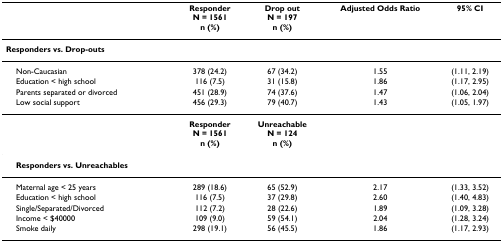
<table><thead><tr><td></td><td><b>ResponderN = 1561n (%)</b></td><td><b>Drop outN = 197n (%)</b></td><td><b>Adjusted Odds Ratio</b></td><td><b>95% CI</b></td></tr></thead><tbody><tr><td><b>Responders vs. Drop-outs</b></td><td></td><td></td><td></td><td></td></tr><tr><td> Non-Caucasian</td><td>378 (24.2)</td><td>67 (34.2)</td><td>1.55</td><td>(1.11, 2.19)</td></tr><tr><td> Education &lt; high school</td><td>116 (7.5)</td><td>31 (15.8)</td><td>1.86</td><td>(1.17, 2.95)</td></tr><tr><td> Parents separated or divorced</td><td>451 (28.9)</td><td>74 (37.6)</td><td>1.47</td><td>(1.06, 2.04)</td></tr><tr><td> Low social support</td><td>456 (29.3)</td><td>79 (40.7)</td><td>1.43</td><td>(1.05, 1.97)</td></tr><tr><td></td><td><b>Responder</b><b>N = 1561</b><b>n (%)</b></td><td><b>Unreachable</b><b>N = 124</b><b>n (%)</b></td><td></td><td></td></tr><tr><td> <b>Responders vs. Unreachables</b></td><td></td><td></td><td></td><td></td></tr><tr><td> Maternal age &lt; 25 years</td><td>289 (18.6)</td><td>65 (52.9)</td><td>2.17</td><td>(1.33, 3.52)</td></tr><tr><td> Education &lt; high school</td><td>116 (7.5)</td><td>37 (29.8)</td><td>2.60</td><td>(1.40, 4.83)</td></tr><tr><td> Single/Separated/Divorced</td><td>112 (7.2)</td><td>28 (22.6)</td><td>1.89</td><td>(1.09, 3.28)</td></tr><tr><td> Income &lt; $40000</td><td>109 (9.0)</td><td>59 (54.1)</td><td>2.04</td><td>(1.28, 3.24)</td></tr><tr><td> Smoke daily</td><td>298 (19.1)</td><td>56 (45.5)</td><td>1.86</td><td>(1.17, 2.93)</td></tr></tbody></table>